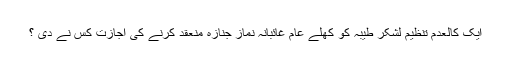
ایک کالعدم تنظیم لشکر طیبہ کو کھلے عام غائبانہ نماز جنازہ منعقد کرنے کی اجازت کس نے دی ؟